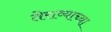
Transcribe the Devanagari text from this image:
तेराव्याच्या